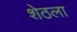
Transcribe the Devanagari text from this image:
शेठला